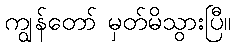
ကျွန်တော် မှတ်မိသွားပြီ။